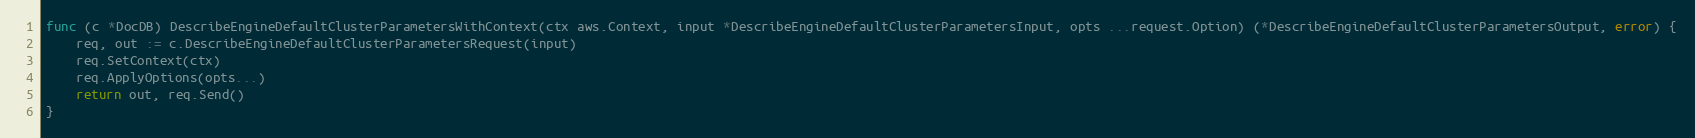
Language: Go
func (c *DocDB) DescribeEngineDefaultClusterParametersWithContext(ctx aws.Context, input *DescribeEngineDefaultClusterParametersInput, opts ...request.Option) (*DescribeEngineDefaultClusterParametersOutput, error) {
	req, out := c.DescribeEngineDefaultClusterParametersRequest(input)
	req.SetContext(ctx)
	req.ApplyOptions(opts...)
	return out, req.Send()
}